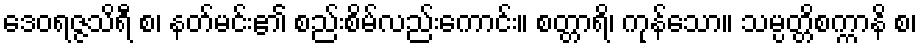
ဒေဝရဇ္ဇသိရီ စ၊ နတ်မင်း၏ စည်းစိမ်လည်းကောင်း။ စတ္တာရိ၊ ကုန်သော။ သမ္ပတ္တိစက္ကာနိ စ၊